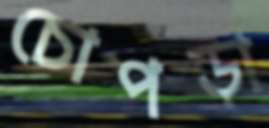
চোপড়া